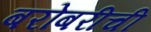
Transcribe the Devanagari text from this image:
बरोबरीची